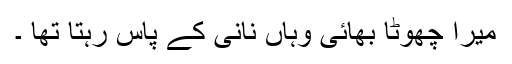
میرا چھوٹا بھائی وہاں نانی کے پاس رہتا تھا ۔